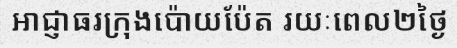
អាជ្ញាធរក្រុងប៉ោយប៉ែត រយៈពេល២ថ្ងៃ